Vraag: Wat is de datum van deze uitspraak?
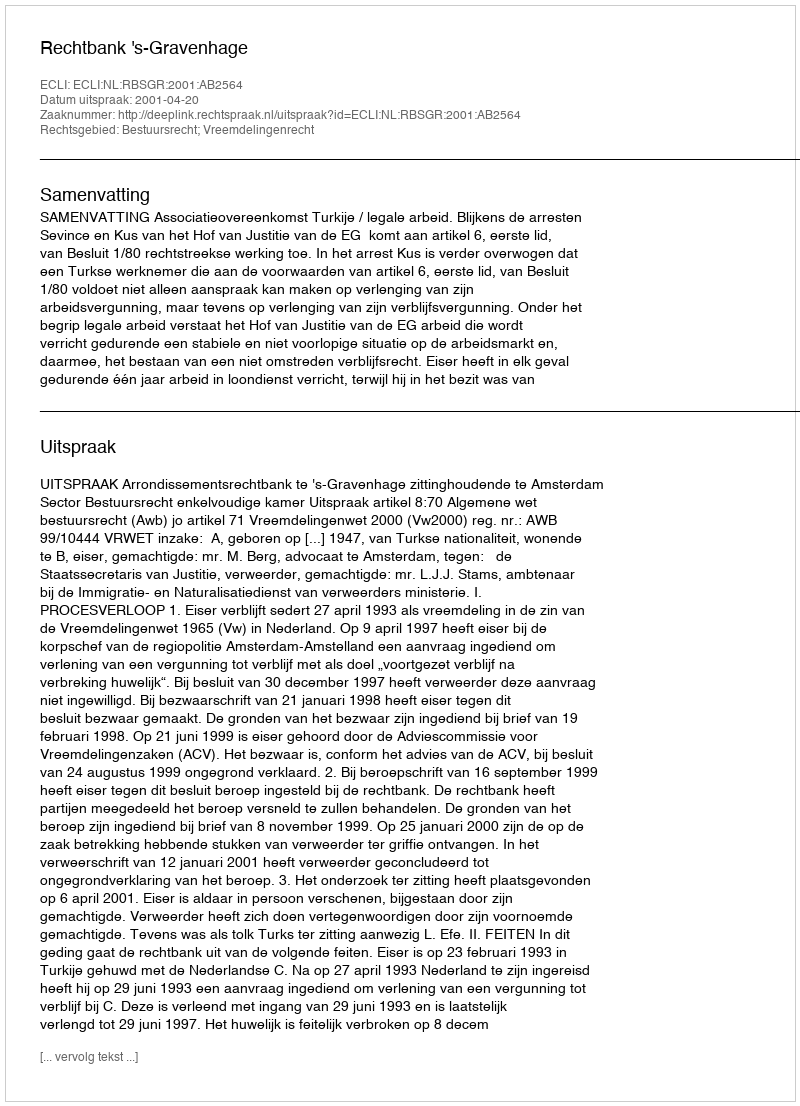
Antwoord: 2001-04-20